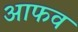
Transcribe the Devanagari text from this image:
आफव